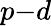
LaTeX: p{-}d